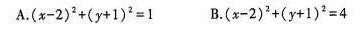
A.(x-2)+(y+1)2=1 B.(x-2)'+(y+1)2=4